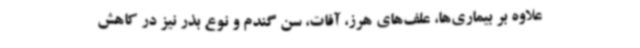
علاوه بر بیماری‌ها، علف‌های هرز، آفات، سن گندم و نوع بذر نیز در کاهش